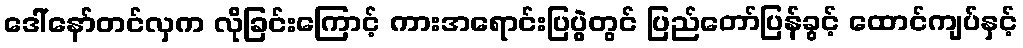
ဒေါ်နော်တင်လှက လိုခြင်းကြောင့် ကားအရောင်းပြပွဲတွင် ပြည်တော်ပြန်ခွင့် ထောင်ကျပ်နှင့်